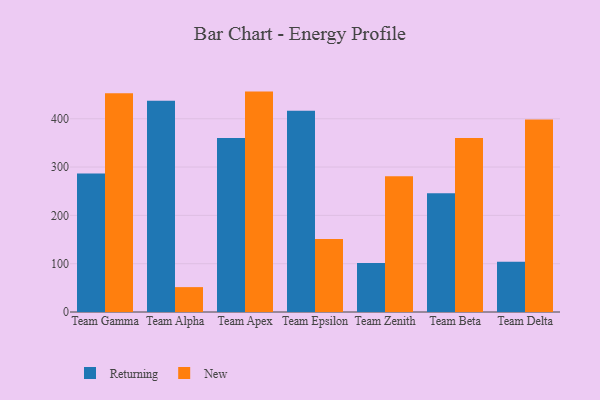
{"axis": {"x": "Team", "y": "Production Output"}, "legend": ["New", "Returning"], "data": [{"x": "Team Gamma", "y": 286.5, "type": "Returning"}, {"x": "Team Gamma", "y": 452.7, "type": "New"}, {"x": "Team Alpha", "y": 437.4, "type": "Returning"}, {"x": "Team Alpha", "y": 51.5, "type": "New"}, {"x": "Team Apex", "y": 360.2, "type": "Returning"}, {"x": "Team Apex", "y": 456.2, "type": "New"}, {"x": "Team Epsilon", "y": 416.8, "type": "Returning"}, {"x": "Team Epsilon", "y": 151.2, "type": "New"}, {"x": "Team Zenith", "y": 101.6, "type": "Returning"}, {"x": "Team Zenith", "y": 281.1, "type": "New"}, {"x": "Team Beta", "y": 246.0, "type": "Returning"}, {"x": "Team Beta", "y": 360.3, "type": "New"}, {"x": "Team Delta", "y": 103.8, "type": "Returning"}, {"x": "Team Delta", "y": 398.3, "type": "New"}]}